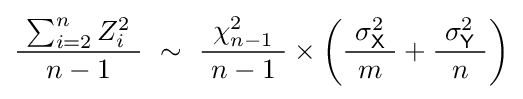
{\frac {\ \sum _{i=2}^{n}Z_{i}^{2}\ }{\ n-1\ }}~\sim ~{\frac {\ \chi _{n-1}^{2}\ }{\ n-1\ }}\times \left({\frac {\ \sigma _{\mathsf {X}}^{2}\ }{m}}+{\frac {\ \sigma _{\mathsf {Y}}^{2}\ }{n}}\right)